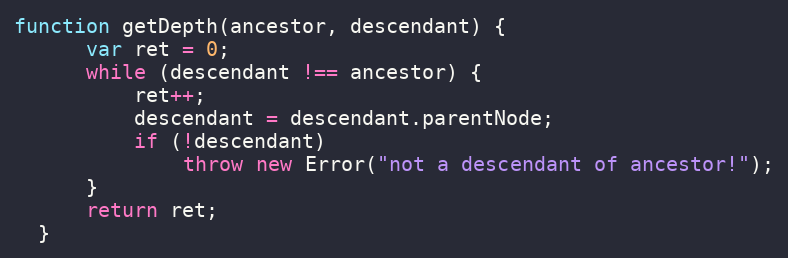
Language: JavaScript
function getDepth(ancestor, descendant) {
      var ret = 0;
      while (descendant !== ancestor) {
          ret++;
          descendant = descendant.parentNode;
          if (!descendant)
              throw new Error("not a descendant of ancestor!");
      }
      return ret;
  }